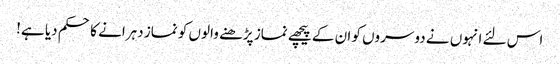
اس لئے انہوں نے دوسروں کو ان کے پیچھے نماز پڑھنے والوں کو نماز دہرانے کا حکم دیا ہے!